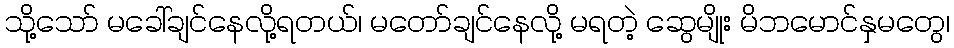
သို့သော် မခေါ်ချင်နေလို့ရတယ်၊ မတော်ချင်နေလို့ မရတဲ့ ဆွေမျိုး မိဘမောင်နှမတွေ၊